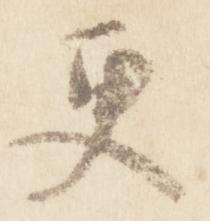
更